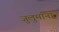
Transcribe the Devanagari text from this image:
जुलुमांना